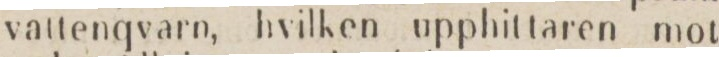
vattenqvarn, hvilken upphit taren mot